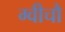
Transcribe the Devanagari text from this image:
ग्वीचौ